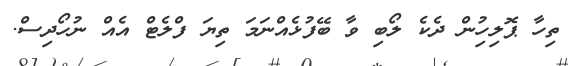
ތިހާ ޕޮލިހިުން ދެކެ ލޯބި ވާ ބޭފުޅެއްނަމަ ތިޔަ ފްލެޓް އެއް ނުހޯދިސް.